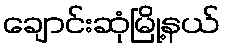
ချောင်းဆုံမြို့နယ်